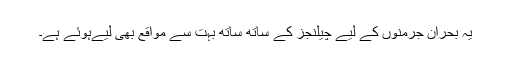
یہ بحران جرمنوں کے لیے چیلنجز کے ساتھ ساتھ بہت سے مواقع بھی لیےہوئے ہے۔